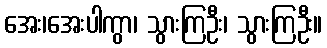
အေး၊အေးပါကွာ၊ သွားကြဦး၊ သွားကြဦး။